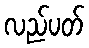
လည်ပတ်